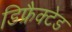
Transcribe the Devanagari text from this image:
डिफ्रैक्टेड